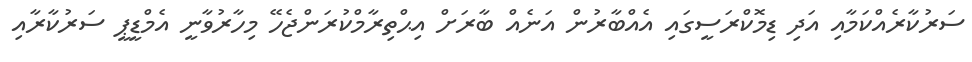
ސަރުކާރެއްކަމާއި އަދި ޑިމޮކްރަސީގައި އެއްބާރުން އަނެއް ބާރަށް އިޙްތިރާމްކުރަންޖެހޭ މިހާރުވާނީ އެމްޑީޕީ ސަރުކާރާއި